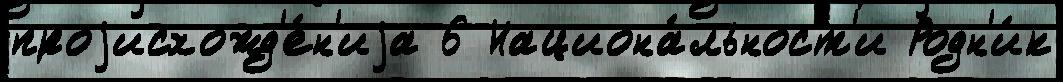
проjисхожд'е́н'иjа 6 Национа́льност'и Родн'и́к